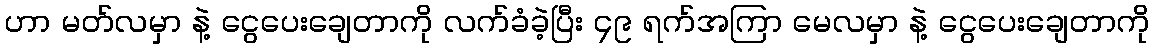
ဟာ မတ်လမှာ နဲ့ ငွေပေးချေတာကို လက်ခံခဲ့ပြီး ၄၉ ရက်အကြာ မေလမှာ နဲ့ ငွေပေးချေတာကို